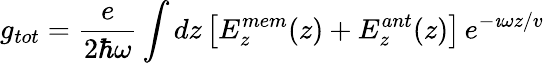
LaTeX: g_{tot}=\frac{e}{2\hbar\omega}\int dz\left[E_{z}^{mem}(z)+E_{z}^{ant}(z)\right]\, e^{-\imath\omega z/v}